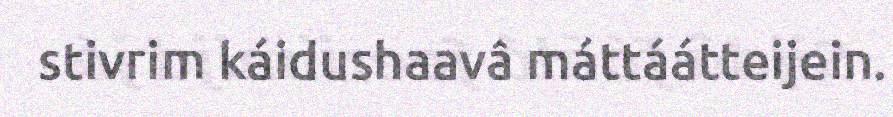
stivrim káidushaavâ máttáátteijein.